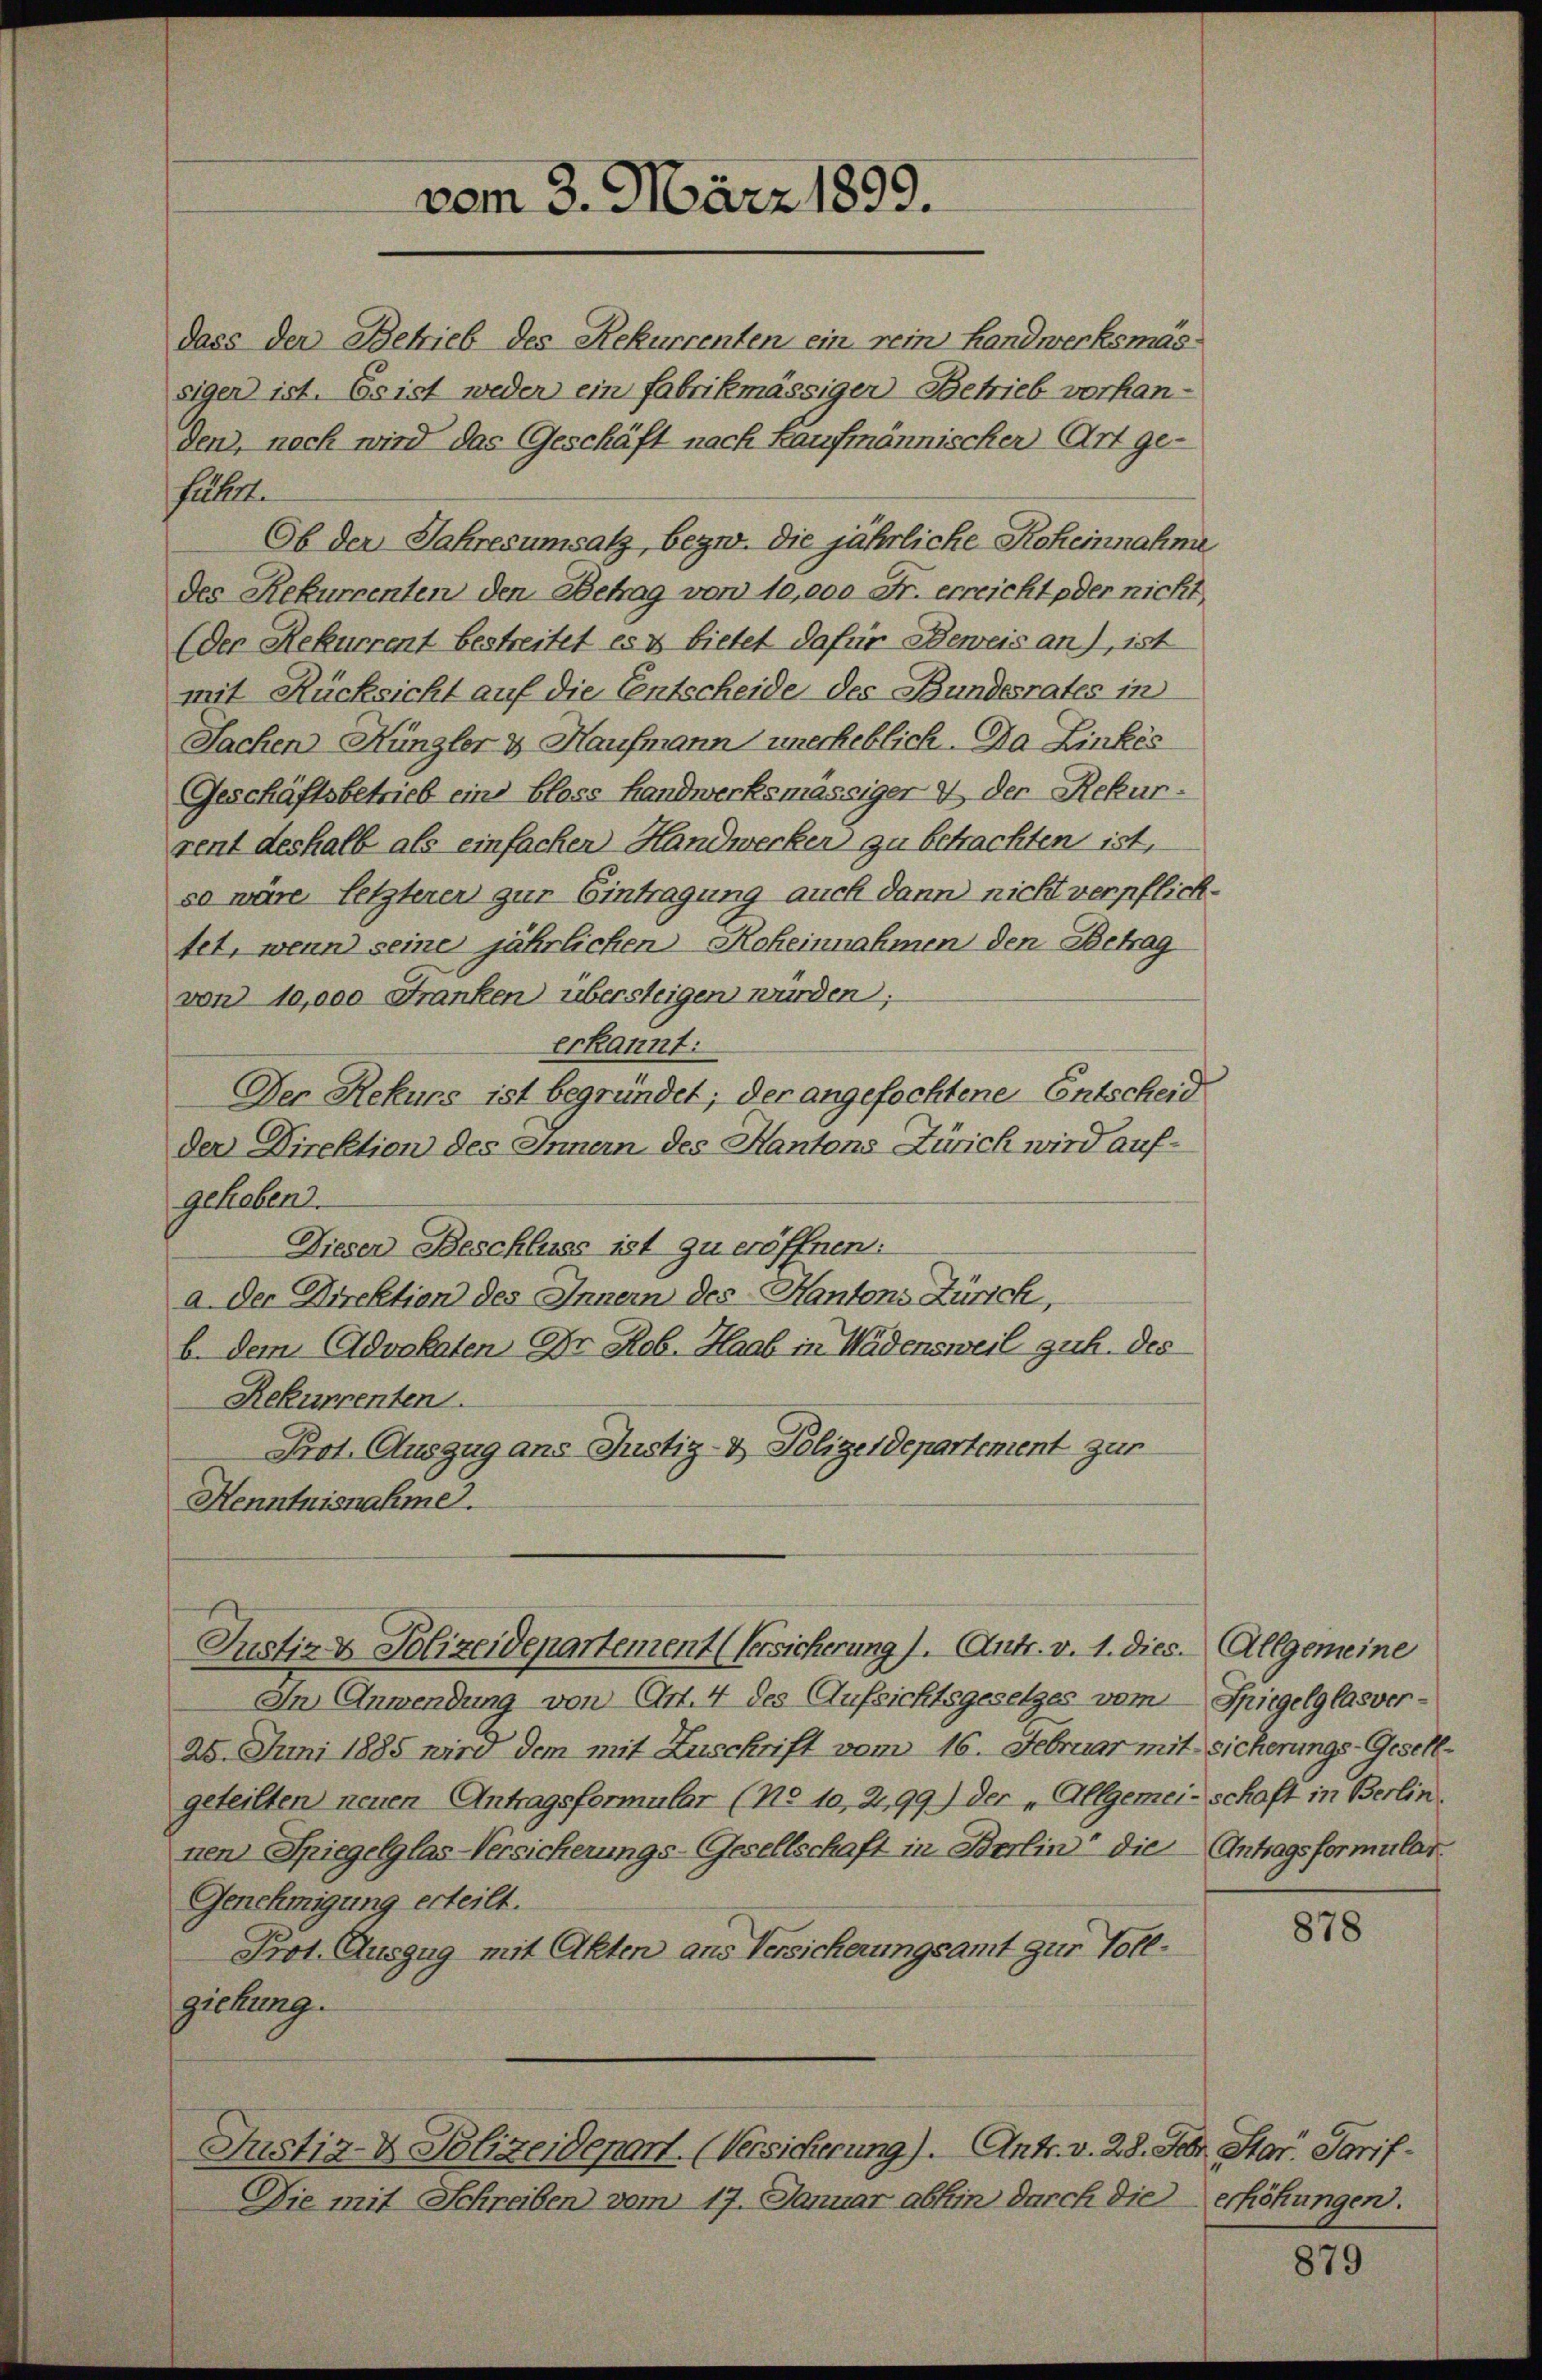
vom 3. März 1899.

dass der Betrieb des Rekurrenten ein rein Handwerksmassigen ist. Es ist weder ein Fabrikmässiger-Betrieb vorhan-
den, noch wird das Geschäft nach Kaufmännischer (Art ge-
Füller
Ob der Jahresumsatz, bezw. die jährliche Roheinnahme
des Rekurrenten den Betrag von 10,000 Fr. erreicht oder nicht,
(Der Rekurrent bestreitet es & bietet dafür Beweis an), ist
mit Rücksicht auf die Entscheide des Bundesrates in
Sachen Hüngler & Haufmann unerheblich. Da Linkes
Geschäftsbetrieb ein bloss Handwerksmässiger & der Rekurrent deshalb als einfachen Handwerken zu betrachten ist,
so wäre letzteren zur Eintragung auch dann nicht verpflichtet, wenn seine jährlichen Roheinnahmen den Betrag
von 10,000 Franken übersteigen würden,
erkannt.
Der Rekurs ist begründet; der angefochtene Entscheid
der Direktion des Innern des Kantons Zürich wird aufgehoben.
Dieser Beschluss ist zu eröffnen.
a. Der Direktion des Innern des Kantons Zürich,
b. dem Advokaten Dr. Hob. Haab in Wädensweil guh. des
Rekurrenten.
Prot. Auszug ans Justiz- & Polizeidepartement zur
Kenntnisnahme.

Justiz & Polizeidepartement (Versicherung). Antr. v. 1. dies. Allgemeine

In Anwendung von Art. 4 des Aufsichtsgesetzes vom Spiegelglasver-
25. Juni 1885 wird dem mit Zuschrift vom 16. Februar mit sicherungs-Gesellgeteilten neuen Antragsformular (No 10, 299) der „Allgemei- schaft in Berlinnen Spiegelglas-Versicherungs-Gesellschaft in Berlin die Antragsformular
Genehmigung erteilt.
Prot. Auszug mit Akten aus Versicherungsamt zur Toll-
gichung.
Justiz- & Polizeidepart. (Versicherung). Antr. v. 28. Febr. Star. Tarif-
Die mit Schreiben vom 17. Januar abhin durch die erhöhungen.

878

879